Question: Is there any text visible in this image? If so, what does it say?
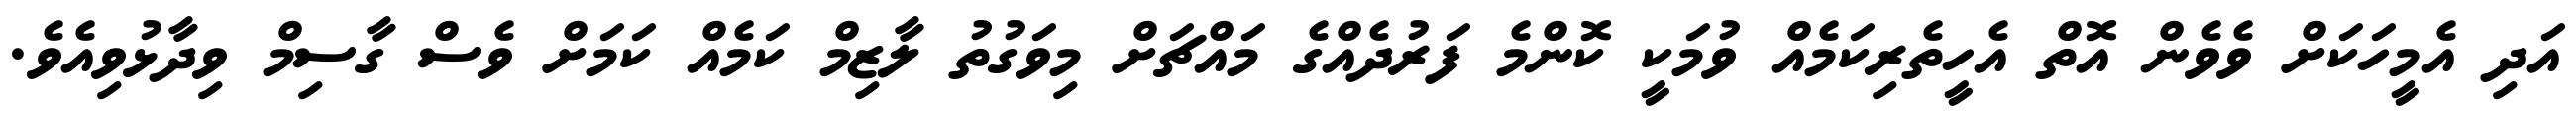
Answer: އަދި އެމީހަކަށް ވެވެން އޮތް އެހީތެރިކަމެއް ވުމަކީ ކޮންމެ ފަރުދެއްގެ މައްޗަށް މިވަގުތު ލާޒިމް ކަމެއް ކަމަށް ވެސް ގާސިމް ވިދާޅުވިއެވެ.